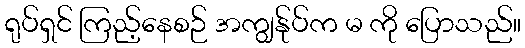
ရုပ်ရှင် ကြည့်နေစဉ် အကျွန်ုပ်က မ ကို ပြောသည်။